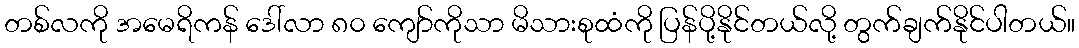
တစ်လကို အမေရိကန် ဒေါ်လာ ၈၀ ကျော်ကိုသာ မိသားစုထံကို ပြန်ပို့နိုင်တယ်လို့ တွက်ချက်နိုင်ပါတယ်။